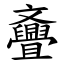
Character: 斖